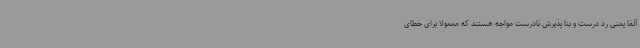
آلفا یعنی رد درست و بتا پذیرش نادرست مواجه هستند که معمولاً برای خطای